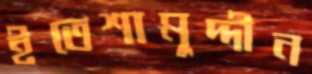
ইতেশামুদ্দীন